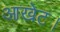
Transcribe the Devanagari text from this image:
आखेट।